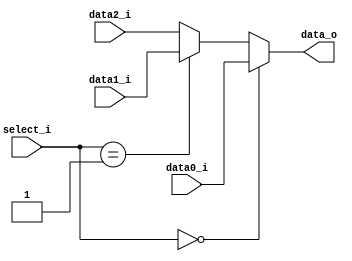
//Subject:     CO project 5 - MUX 321
//--------------------------------------------------------------------------------
     
module MUX_3to1(
               data0_i,
               data1_i,
               data2_i,
               select_i,
               data_o
               );

parameter size = 0;			   
			
//I/O ports               
input   [size-1:0] data0_i;          
input   [size-1:0] data1_i;
input   [size-1:0] data2_i;
input   [2   -1:0] select_i;
output  [size-1:0] data_o; 

//Internal Signals
reg     [size-1:0] data_o;

//Main function
always @(*) begin
	if(select_i == 2'd0) begin
		data_o <= data0_i;
	end
	else if(select_i == 2'd1) begin
		data_o <= data1_i;
	end
	else begin
		data_o <= data2_i;
	end
end

endmodule